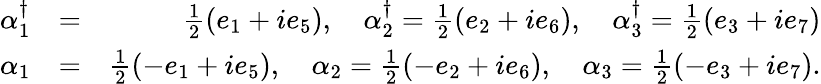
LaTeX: \begin{array}{rlr}{\alpha_{1}^{\dagger}}&{=}&{\frac{1}{2}(e_{1}+ie_{5}),\quad\alpha_{2}^{\dagger}=\frac{1}{2}(e_{2}+ie_{6}),\quad\alpha_{3}^{\dagger}=\frac{1}{2}(e_{3}+ie_{7})}\\ {\alpha_{1}}&{=}&{\frac{1}{2}(-e_{1}+ie_{5}),\quad\alpha_{2}=\frac{1}{2}(-e_{2}+ie_{6}),\quad\alpha_{3}=\frac{1}{2}(-e_{3}+ie_{7}).}\end{array}